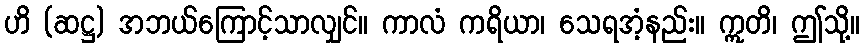
ဟိ (ဆဋ္ဌ) အဘယ်ကြောင့်သာလျှင်။ ကာလံ ကရိယာ၊ သေရအံ့နည်း။ ဣတိ၊ ဤသို့။